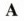
A